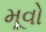
મૂવો